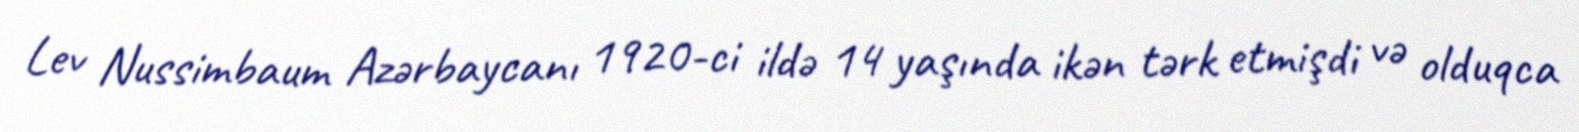
Lev Nussimbaum Azərbaycanı 1920-ci ildə 14 yaşında ikən tərk etmişdi və olduqca